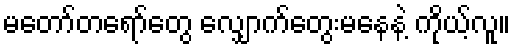
မတော်တရော်တွေ လျှောက်တွေးမနေနဲ့ ကိုယ့်လူ။